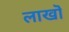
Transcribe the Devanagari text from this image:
लाखॊ